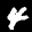
Label: 4